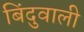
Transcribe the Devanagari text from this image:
बिंदुवाली